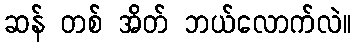
ဆန် တစ် အိတ် ဘယ်လောက်လဲ။